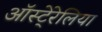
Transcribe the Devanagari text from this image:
ऑस्टे्रेलिया